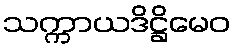
သက္ကာယဒိဋ္ဌိမေဝ